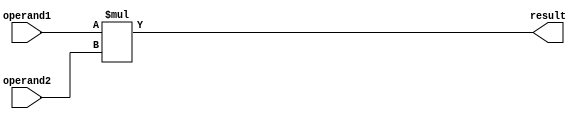
module fixed_point_multiplier (
    input  [31:0] operand1,
    input  [31:0] operand2,
    output [31:0] result
);

reg [63:0] product;

always @(*) begin
    product = operand1 * operand2; // Perform multiplication
end

assign result = product[31:0]; // Output truncated to 32 bits for the specified fixed-point format

endmodule